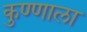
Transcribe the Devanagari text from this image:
कुण्णाला